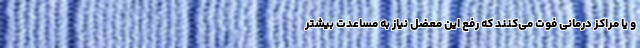
و یا مراکز درمانی فوت می‌کنند که رفع این معضل نیاز به مساعدت بیشتر